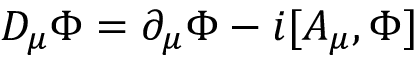
D _ { \mu } { \Phi } = \partial _ { \mu } { \Phi } - i [ A _ { \mu } , \Phi ]